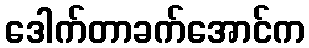
ဒေါက်တာခက်အောင်က